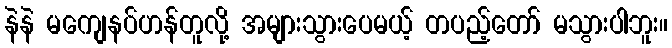
နဲနဲ မကျေနပ်ဟန်တူလို့ အများသွားပေမယ့် တပည့်တော် မသွားပါဘူး။